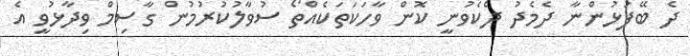
ދެ ބޭފުޅުންނާ ދެމެދު ދެކެވުނީ ކޮން ވާހަކަތަކެއްތޯ ސުވާލުކުރުމުން ގާސިމް ވިދާޅުވީ އެ